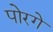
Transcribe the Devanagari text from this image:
पोरगे